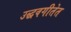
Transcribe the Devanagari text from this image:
उद्धवगीतेत